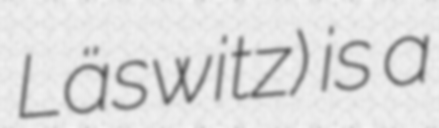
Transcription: Läswitz) is a